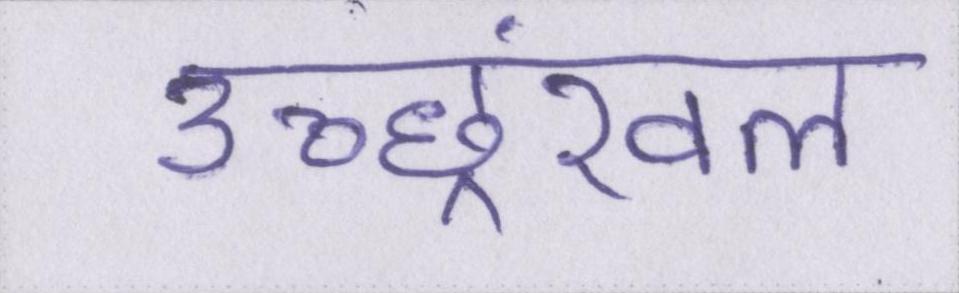
उच्छ्रंखल